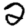
Digit: 2